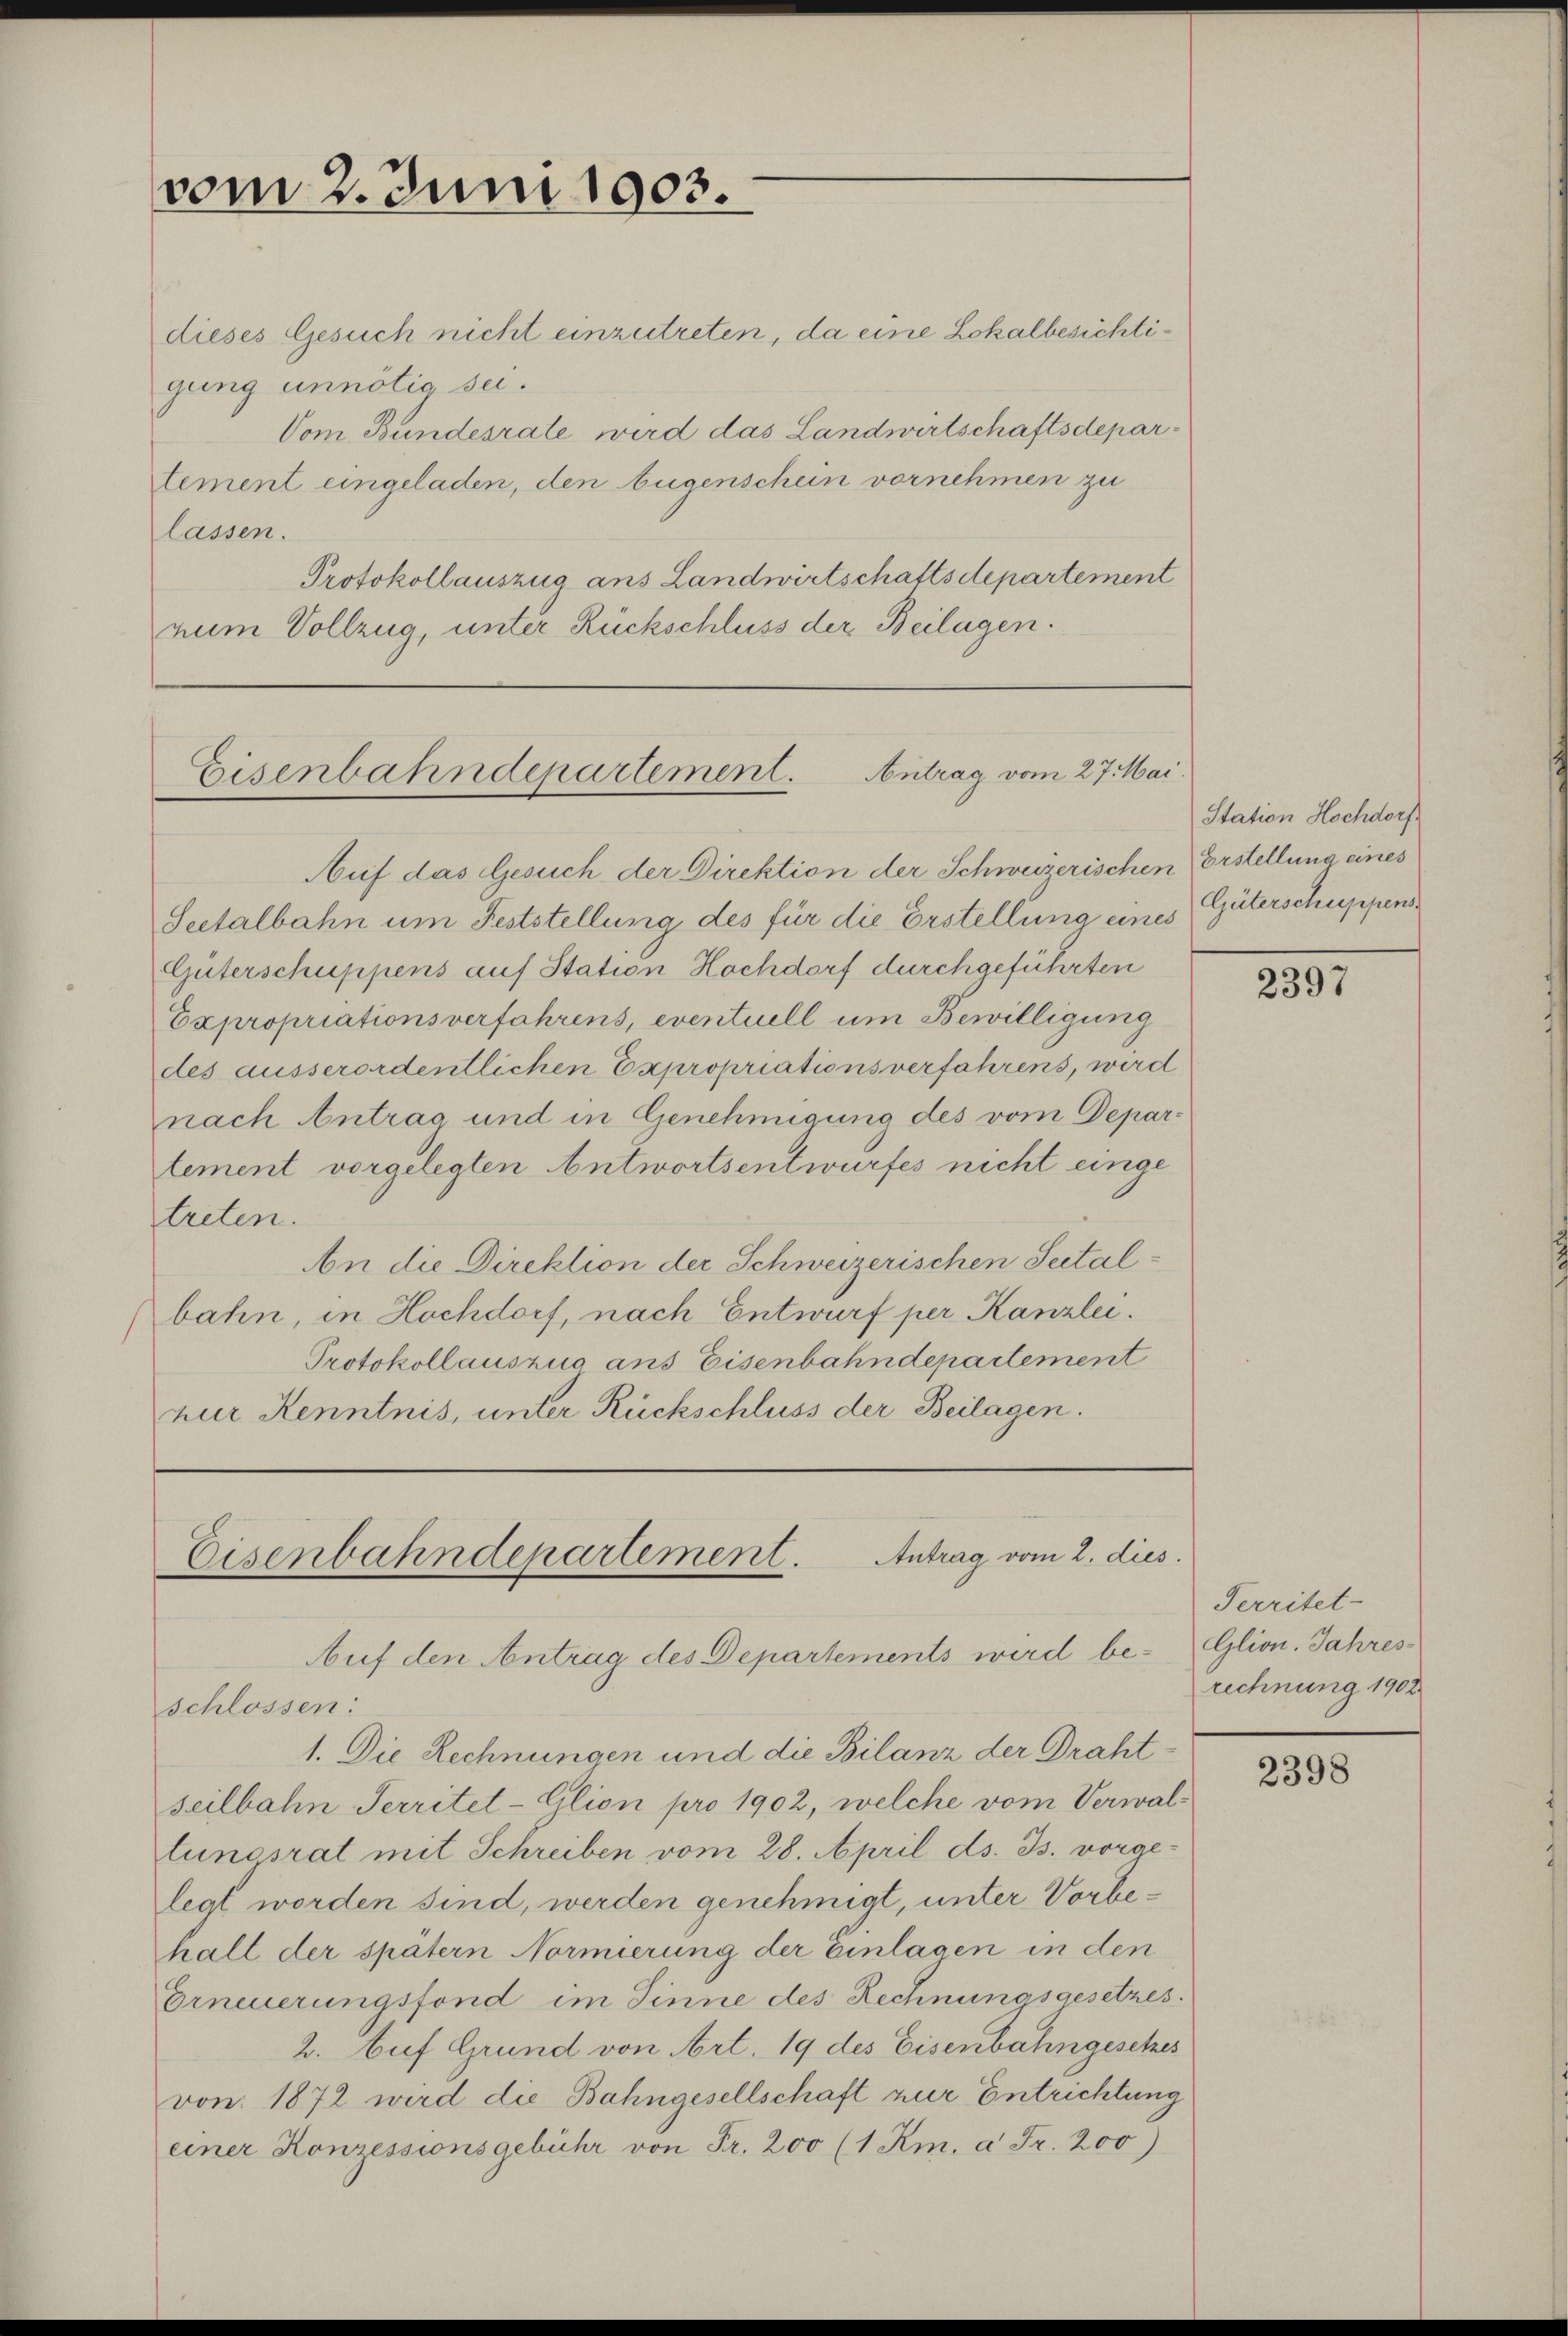
vom 2. Juni 1903.

dieses Gesuch nicht einzutreten, da eine Lokalbesichtigung unnötig sei.
Vom Bundesrate wird das Landwirtschaftsdepar¬
Stement eingeladen, den Augenschein vornehmen zu
lassen.
Protokollauszug ans Landwirtschaftsdepartement
num Vollzug, unter Rückschluss der Beilagen.

Eisenbahndepartement. Antrag vom 27. Mai.

Auf das Gesuch der Direktion der Schweizerischen Erstellung eines
Seetalbahn um Feststellung des für die Erstellung eines
Güterschuppens auf Station Hochdorf durchgeführten
Expropriationsverfahrens, eventuell um Bewilligung
des ausserordentlichen Expropriationsverfahrens, werd
nach Antrag und in Genehmigung des vom Deparlement vorgelegten Antwortsentwurfes nicht eingetreten.
An die Direktion der Schweizerischen Seital-
bahn, in Hochdorf, nach Entwurf per Kanzlei.
Protokollauszug ans Eisenbahndepartement
zur Kenntnis, unter Rückschluss der Beilagen.

Eisenbahndepartement. Antrag vom 2. dies
Auf den Antrag des Departements wird be-Glion. Jahres¬

Station Hochdorf
Güterschuppens

schlossen:
1. Die Rechnungen und die Bilanz der Drahtseilbahn Serritet-Glion pro 1902, welche vom Verwaltungsrat mit Schreiben vom 28. April ds. Js. vorgelegt worden sind, werden genehmigt, unter Vorbehalt der spätern Normierung der Einlagen in den
Erneuerungsfond im Sinne des Rechnungsgesetzes.
2. bief Grund von Art. 19 des Eisenbahngesches
von 1872 wird die Bahngesellschaft zur Entrichtung
einer Konzessionsgebühr von Fr. 200 (1 Km. à Fr. 200)

2397

Territet.
rechnung 1902

2398